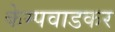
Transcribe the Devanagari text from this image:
केम्पवाडकर